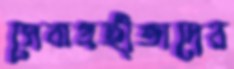
সেবাগ্রহীতাদের